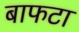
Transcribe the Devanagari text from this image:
बाफटा